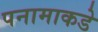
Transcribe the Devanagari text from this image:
पनामाकडे